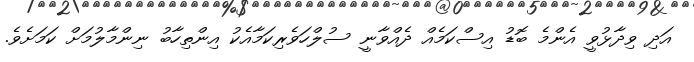
އަދި ވިދާޅުވީ އެންމެ ބޮޑު އިސްކަމެއް ދެއްވާނީ ސުލްހަވެރިކަމާއެކު އިންތިހާބު ނިންމާލުމަށް ކަމަށެވެ.